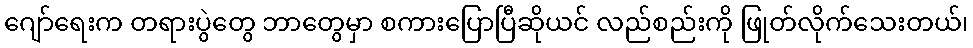
ဂျော်ရေးက တရားပွဲတွေ ဘာတွေမှာ စကားပြောပြီဆိုယင် လည်စည်းကို ဖြုတ်လိုက်သေးတယ်၊